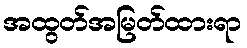
အထွတ်အမြတ်ထားရာ